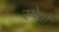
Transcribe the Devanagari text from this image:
स्पेथों